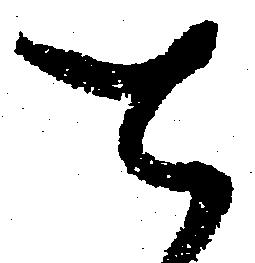
と